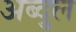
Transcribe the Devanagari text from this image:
अब्दु्ल